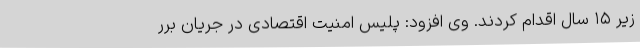
زیر ۱۵ سال اقدام کردند. وی افزود: پلیس امنیت اقتصادی در جریان برر